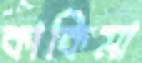
কাকিমা